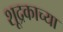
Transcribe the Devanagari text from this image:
शूद्रकाच्या